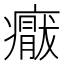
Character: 𱱨